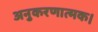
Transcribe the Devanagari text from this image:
अनुकरणात्मक।